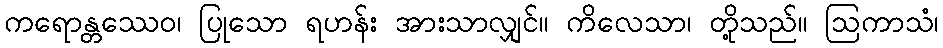
ကရောန္တဿေဝ၊ ပြုသော ရဟန်း အားသာလျှင်။ ကိလေသာ၊ တို့သည်။ ဩကာသံ၊